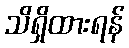
သိရှိထားရန်